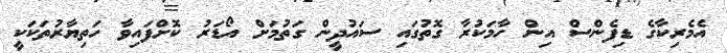
އެމެރިކާގެ ޑިފެންސް އިން ހާމަކުރާ ގޮތުގައި ސައުދީން ގަތުމަށް އޯޑަރު ކޮށްފައިވާ ހަތިޔާރުތަކަކީ